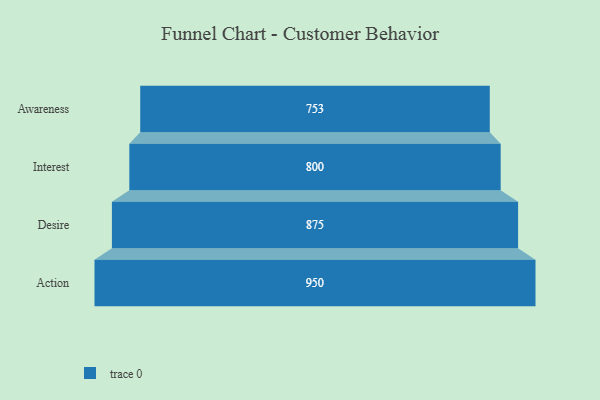
{"axis": {"x": "Stage", "y": "Value"}, "legend": [""], "data": [{"x": "Awareness", "y": 753.0, "type": ""}, {"x": "Interest", "y": 800.0, "type": ""}, {"x": "Desire", "y": 875.0, "type": ""}, {"x": "Action", "y": 950.0, "type": ""}]}